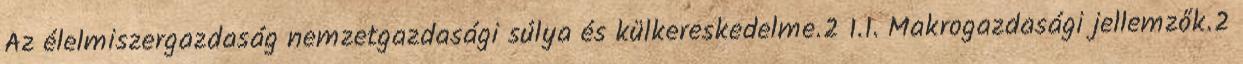
Az élelmiszergazdaság nemzetgazdasági súlya és külkereskedelme.2 1.1. Makrogazdasági jellemzők.2